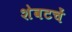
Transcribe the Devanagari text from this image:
शेवटचें